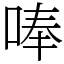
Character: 唪